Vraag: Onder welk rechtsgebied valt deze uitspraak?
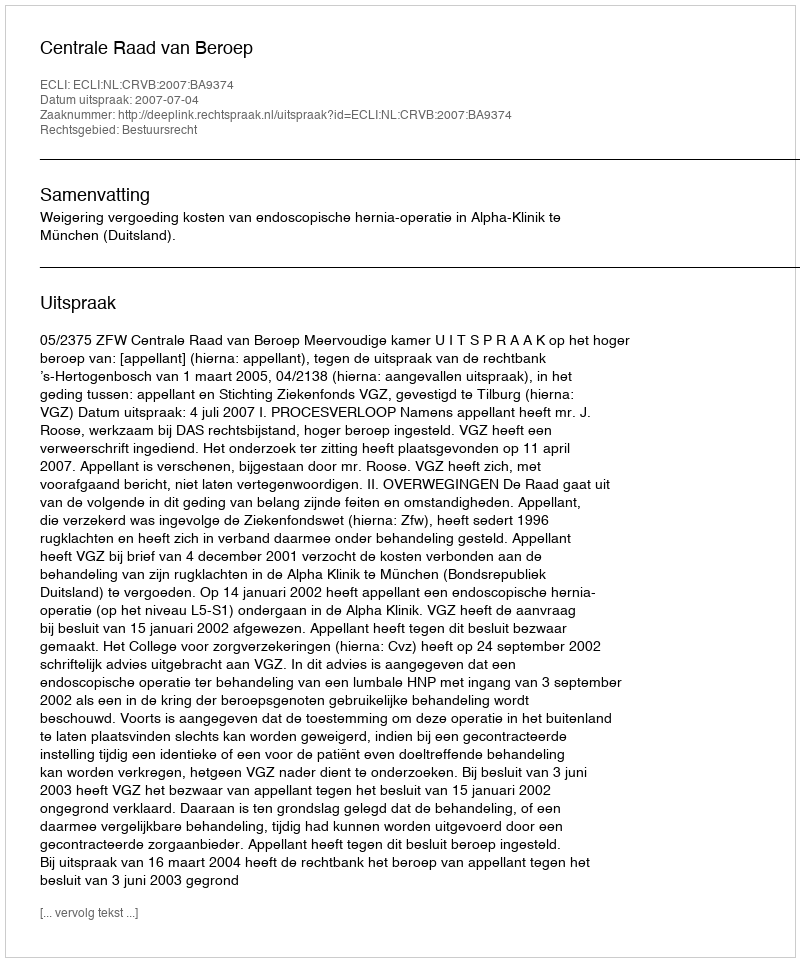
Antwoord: Bestuursrecht